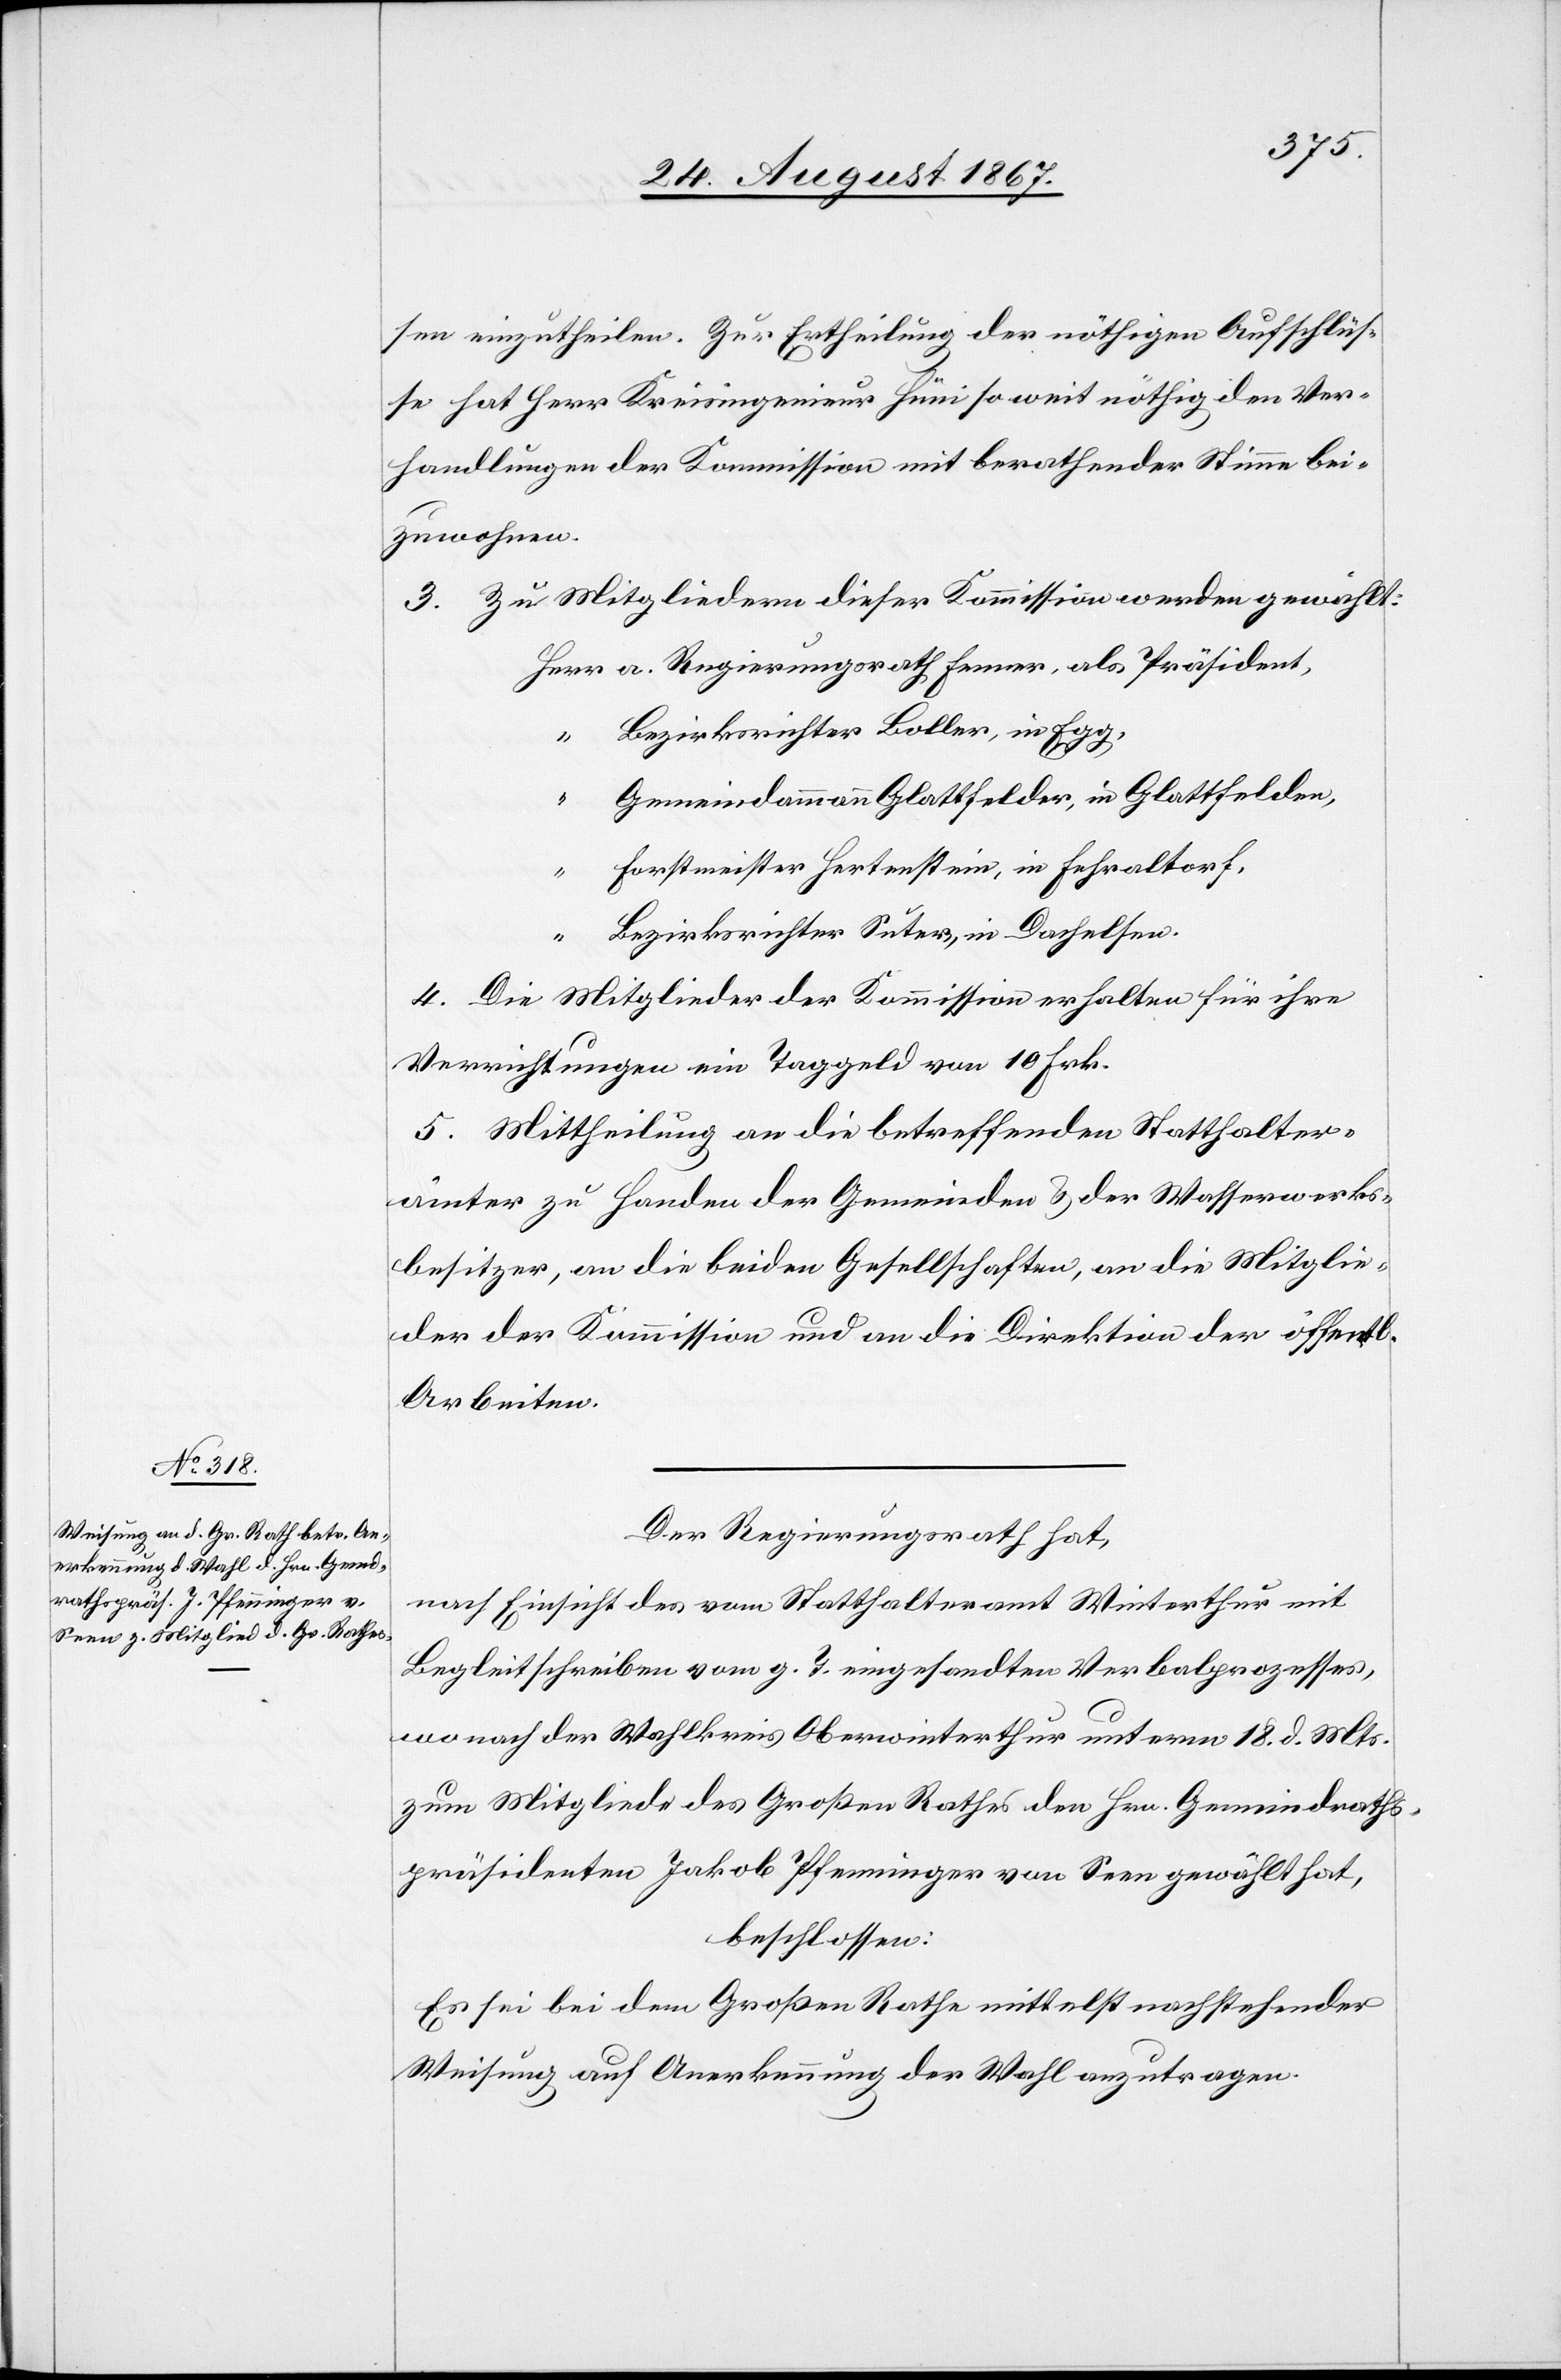
sen einzutheilen. Zur Ertheilung der nöthigen Aufschlüs¬
se hat Herr Kreisingenieur Hüni so weit nöthig den Ver¬
handlungen der Kommission mit berathender Stimme bei¬
zuwohnen.
3. Zu Mitgliedern dieser Kommission werden gewählt:
Herr a. Regierungsrath Fenner, als Präsident,
“ Bezirksrichter Boller, in Egg,
Gemeindammann Glattfelder, in Glattfelden,
“
Forstmeister Hertenstein, in Fehraltorf,
“
Bezirksrichter Suter, in Dachelsen.
4. Die Mitglieder der Kommission erhalten für ihre
Verrichtungen ein Taggeld von 10 Frk.
5. Mittheilung an die betreffenden Statthalter¬
ämter zu Handen der Gemeinden u. der Wasserwerks¬
besitzer, an die beiden Gesellschaften, an die Mitglie¬
der der Kommission und an die Direktion der öff.
Arbeiten.
Der Regierungsrath hat,
nach Einsicht des vom Statthalteramt Winterthur mit
Begleitschreiben vom g. T. eingesandten Verbalprozesses,
wonach der Wahlkreis Oberwinterthur unterm 18. d. Mts.
zum Mitgliede des Großen Rathes den Hrn. Gemeindraths¬
präsidenten Jakob Pfenninger von Seen gewählt hat,
beschlossen:
Es sei bei dem Großen Rathe mittelst nachstehender
Weisung auf Anerkennung der Wahl anzutragen.